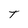
Character: T